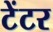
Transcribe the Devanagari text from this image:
टेंटर